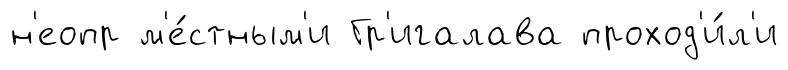
н'еопр м'е́стным'и Гр'игалава проход'и́л'и